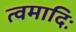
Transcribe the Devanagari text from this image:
त्वमादिः